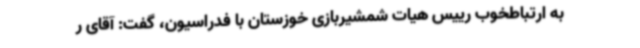
به ارتباطخوب رییس هیات شمشیربازی خوزستان با فدراسیون، گفت: آقای ر